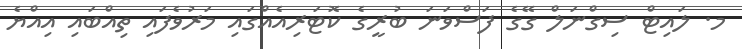
މ. ލައިޓް ސިގްނަލް ގޭގެ ފަސްވަނަ ބުރީގެ ކޮޓަރިއެއްގައި މަރުވެފައި ތިއްބައި އިއްޔެ